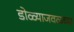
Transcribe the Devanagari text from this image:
डोळ्याजवळच्या